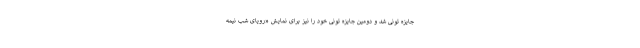
جایزه تونی شد و دومین جایزه تونی خود را نیز برای نمایش «رویای شب نیمه